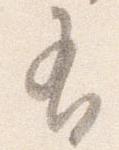
有